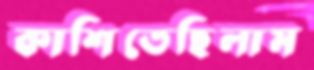
কাশিতেছিলাম